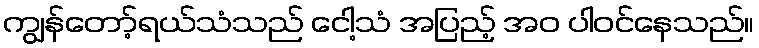
ကျွန်တော့်ရယ်သံသည် ငေါ့သံ အပြည့် အဝ ပါဝင်နေသည်။